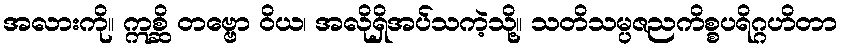
အလားကို။ ဣစ္ဆိ တဗ္ဗော ဝိယ၊ အလိုရှိအပ်သကဲ့သို့။ သတိသမ္ပဇညကိစ္စပရိဂ္ဂဟိတာ